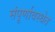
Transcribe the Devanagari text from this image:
संपूर्णावस्थेत